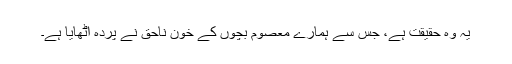
یہ وہ حقیقت ہے، جس سے ہمارے معصوم بچوں کے خون ناحق نے پردہ اٹھایا ہے۔